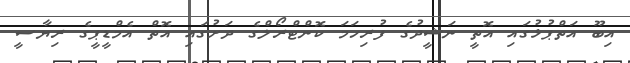
އިބޫ އަތްޕުޅުގައި އޮތީ ނަޝީދުގެ ފުރިހަމަ ކޮންޓްރޯލްގެ ދަށުގައި އޮތް އެމްޑީޕީގެ ރިޔާސީ